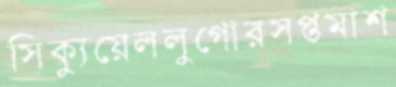
সিক্যুয়েললুগোরসপ্তমাশ